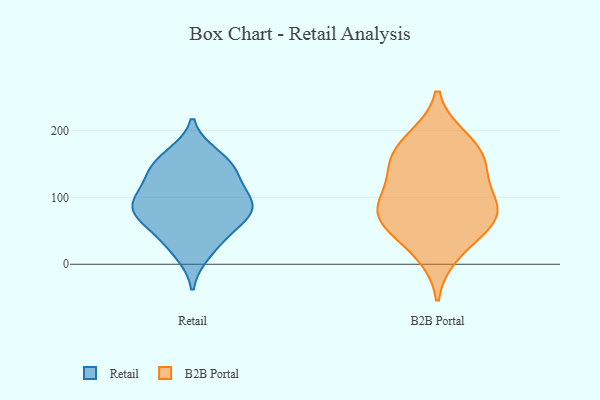
{"axis": {"x": "Energy Usage (MWh)", "y": "Value"}, "legend": ["B2B Portal", "Retail"], "data": [{"x": "", "y": 89, "type": "Retail"}, {"x": "", "y": 137, "type": "Retail"}, {"x": "", "y": 85, "type": "Retail"}, {"x": "", "y": 87, "type": "Retail"}, {"x": "", "y": 119, "type": "Retail"}, {"x": "", "y": 75, "type": "Retail"}, {"x": "", "y": 53, "type": "Retail"}, {"x": "", "y": 17, "type": "Retail"}, {"x": "", "y": 151, "type": "Retail"}, {"x": "", "y": 36, "type": "Retail"}, {"x": "", "y": 162, "type": "Retail"}, {"x": "", "y": 75, "type": "Retail"}, {"x": "", "y": 146, "type": "Retail"}, {"x": "", "y": 100, "type": "Retail"}, {"x": "", "y": 188, "type": "B2B Portal"}, {"x": "", "y": 86, "type": "B2B Portal"}, {"x": "", "y": 71, "type": "B2B Portal"}, {"x": "", "y": 144, "type": "B2B Portal"}, {"x": "", "y": 154, "type": "B2B Portal"}, {"x": "", "y": 16, "type": "B2B Portal"}, {"x": "", "y": 141, "type": "B2B Portal"}, {"x": "", "y": 91, "type": "B2B Portal"}, {"x": "", "y": 66, "type": "B2B Portal"}, {"x": "", "y": 179, "type": "B2B Portal"}, {"x": "", "y": 86, "type": "B2B Portal"}, {"x": "", "y": 47, "type": "B2B Portal"}]}